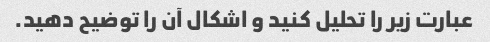
عبارت زیر را تحلیل کنید و اشکال آن را توضیح دهید.